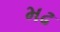
મઢ